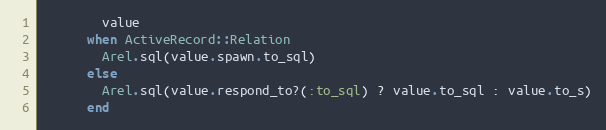
Language: Ruby
        value
      when ActiveRecord::Relation
        Arel.sql(value.spawn.to_sql)
      else
        Arel.sql(value.respond_to?(:to_sql) ? value.to_sql : value.to_s)
      end